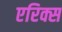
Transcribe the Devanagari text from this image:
एरिक्स